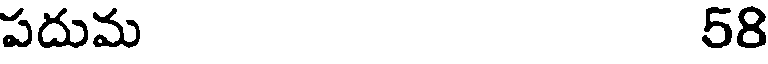
పదుమ 58